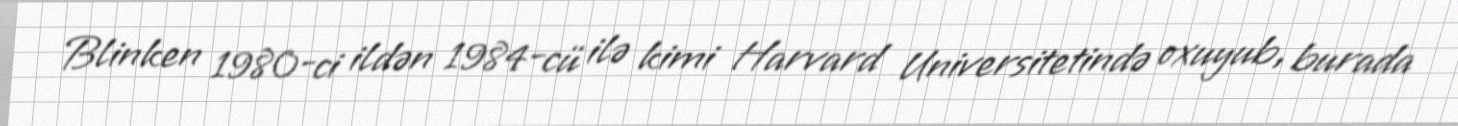
Blinken 1980-ci ildən 1984-cü ilə kimi Harvard Universitetində oxuyub, burada